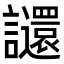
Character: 𧮅